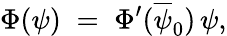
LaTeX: \Phi(\psi)\; =\; \Phi^{\prime}(\overline{{\psi}}_{0})\, \psi,